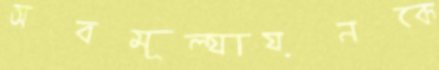
অবমূল্যায়নকে